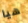
هيا